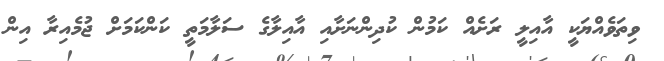
ވިތަވެއްޔަކީ އާއިލީ ރަށެއް ކަމުން ކުދިންނަށާއި އާއިލާގެ ސަލާމަތީ ކަންކަމަށް ޖުމެއިރާ އިން